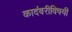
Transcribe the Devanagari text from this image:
कादंबरीविषयी